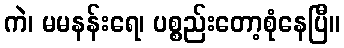
ကဲ၊ မမနန်းရေ၊ ပစ္စည်းတော့စုံနေပြီ။